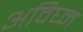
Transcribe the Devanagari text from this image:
अविघ्न